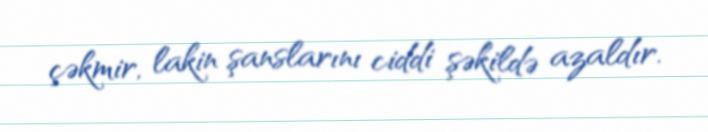
çəkmir, lakin şanslarını ciddi şəkildə azaldır.